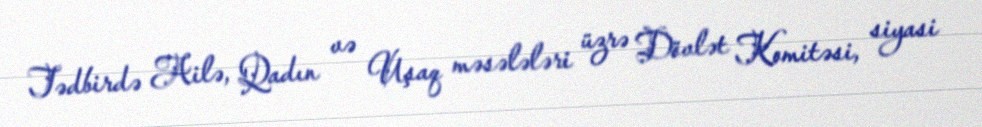
Tədbirdə Ailə, Qadın və Uşaq məsələləri üzrə Dövlət Komitəsi, siyasi